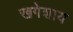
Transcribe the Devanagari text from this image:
खगेशाय